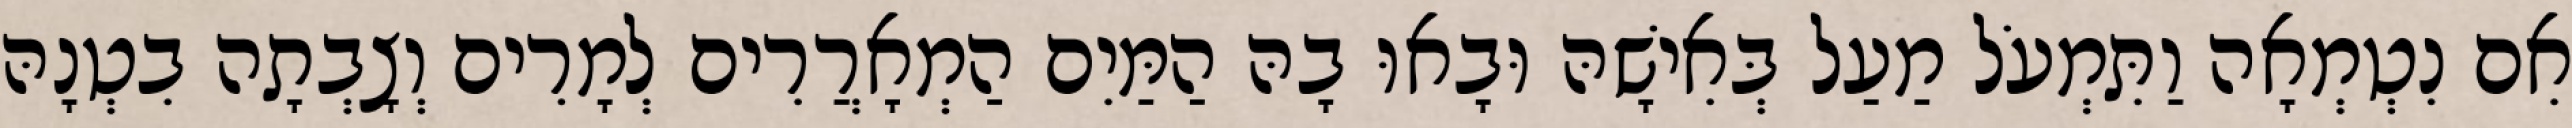
אִם נִטְמְאָה וַתִּמְעֹל מַעַל בְּאִישָׁהּ וּבָאוּ בָהּ הַמַּיִם הַמְאָרֲרִים לְמָרִים וְצָבְתָה בִטְנָהּ